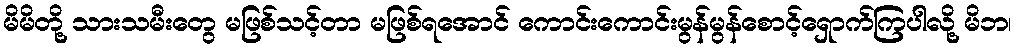
မိမိတို့ သားသမီးတွေ မဖြစ်သင့်တာ မဖြစ်ရအောင် ကောင်းကောင်းမွန်မွန်စောင့်ရှောက်ကြပါလို့ မိဘ၊